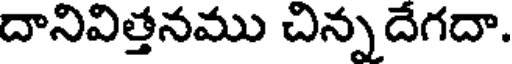
దానివిత్తనము చిన్నదేగదా.